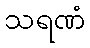
သရဏံ